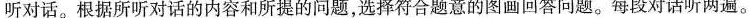
听对话。根据所听对话的内容和所提的问题，选择符合题意的图画回答问题。每段对话听两遍。